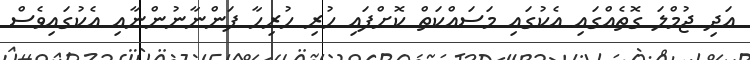
އަދި ޖުމްލަ ގޮތެއްގައި އެކުގައި މަސައްކަތް ކޮށްފައި ހުރި ހުރިހާ ފަންނާނުންނާއި އެކުގައިވެސް